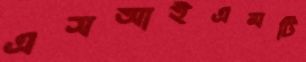
এসআইএমটি